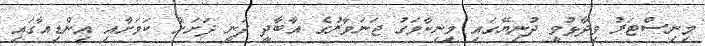
މިނިސްޓަރު ވިދާޅުވީ ދުނިޔޭގައި މިނިކާވަގު ޖަނަވާރުގެ އާބާދީ ދަނީ ދަށަށް ކަމަށާއި އިންޑިއާގައި